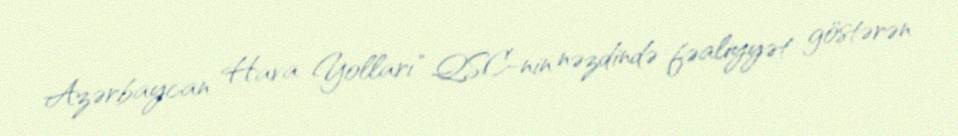
Azərbaycan Hava Yolları" QSC-nin nəzdində fəaliyyət göstərən